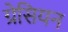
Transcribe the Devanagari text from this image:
ग्रेसियन